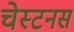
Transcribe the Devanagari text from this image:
चेस्टनस